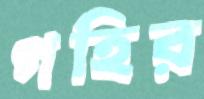
গহির